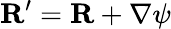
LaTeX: {\mathbf R}^{\prime}={\mathbf R}+\nabla\psi